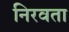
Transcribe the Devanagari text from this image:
निरवता